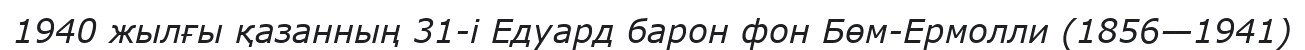
1940 жылғы қазанның 31-і Едуард барон фон Бөм-Ермолли (1856—1941)